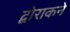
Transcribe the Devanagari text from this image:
द्वोराकने